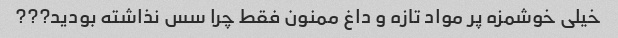
خیلی خوشمزه پر مواد تازه و داغ ممنون فقط چرا سس نذاشته بودید???